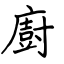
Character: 廚